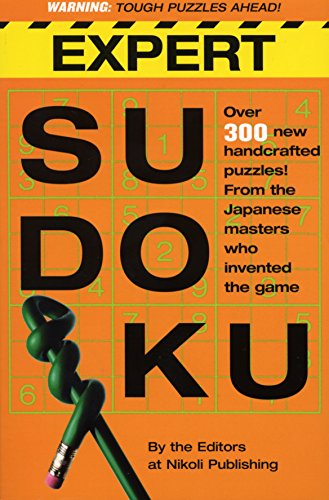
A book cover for Expert Sudoku; Nikoli Publishing; Humor & Entertainment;